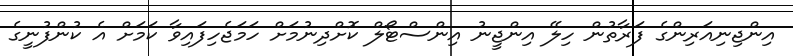
އިންޖިނިއަރިންގެ ފަރާތުން ހިލޭ އިންޖީނު އިންސްޓޯލް ކޮށްދިނުމަށް ހަމަޖެހިފައިވާ ކަމަށް އެ ކުންފުނީގެ